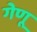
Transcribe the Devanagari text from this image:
गेणू